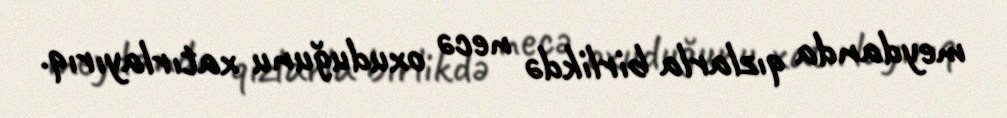
meydanda qızlarla birlikdə necə oxuduğunu xatırlayırıq.